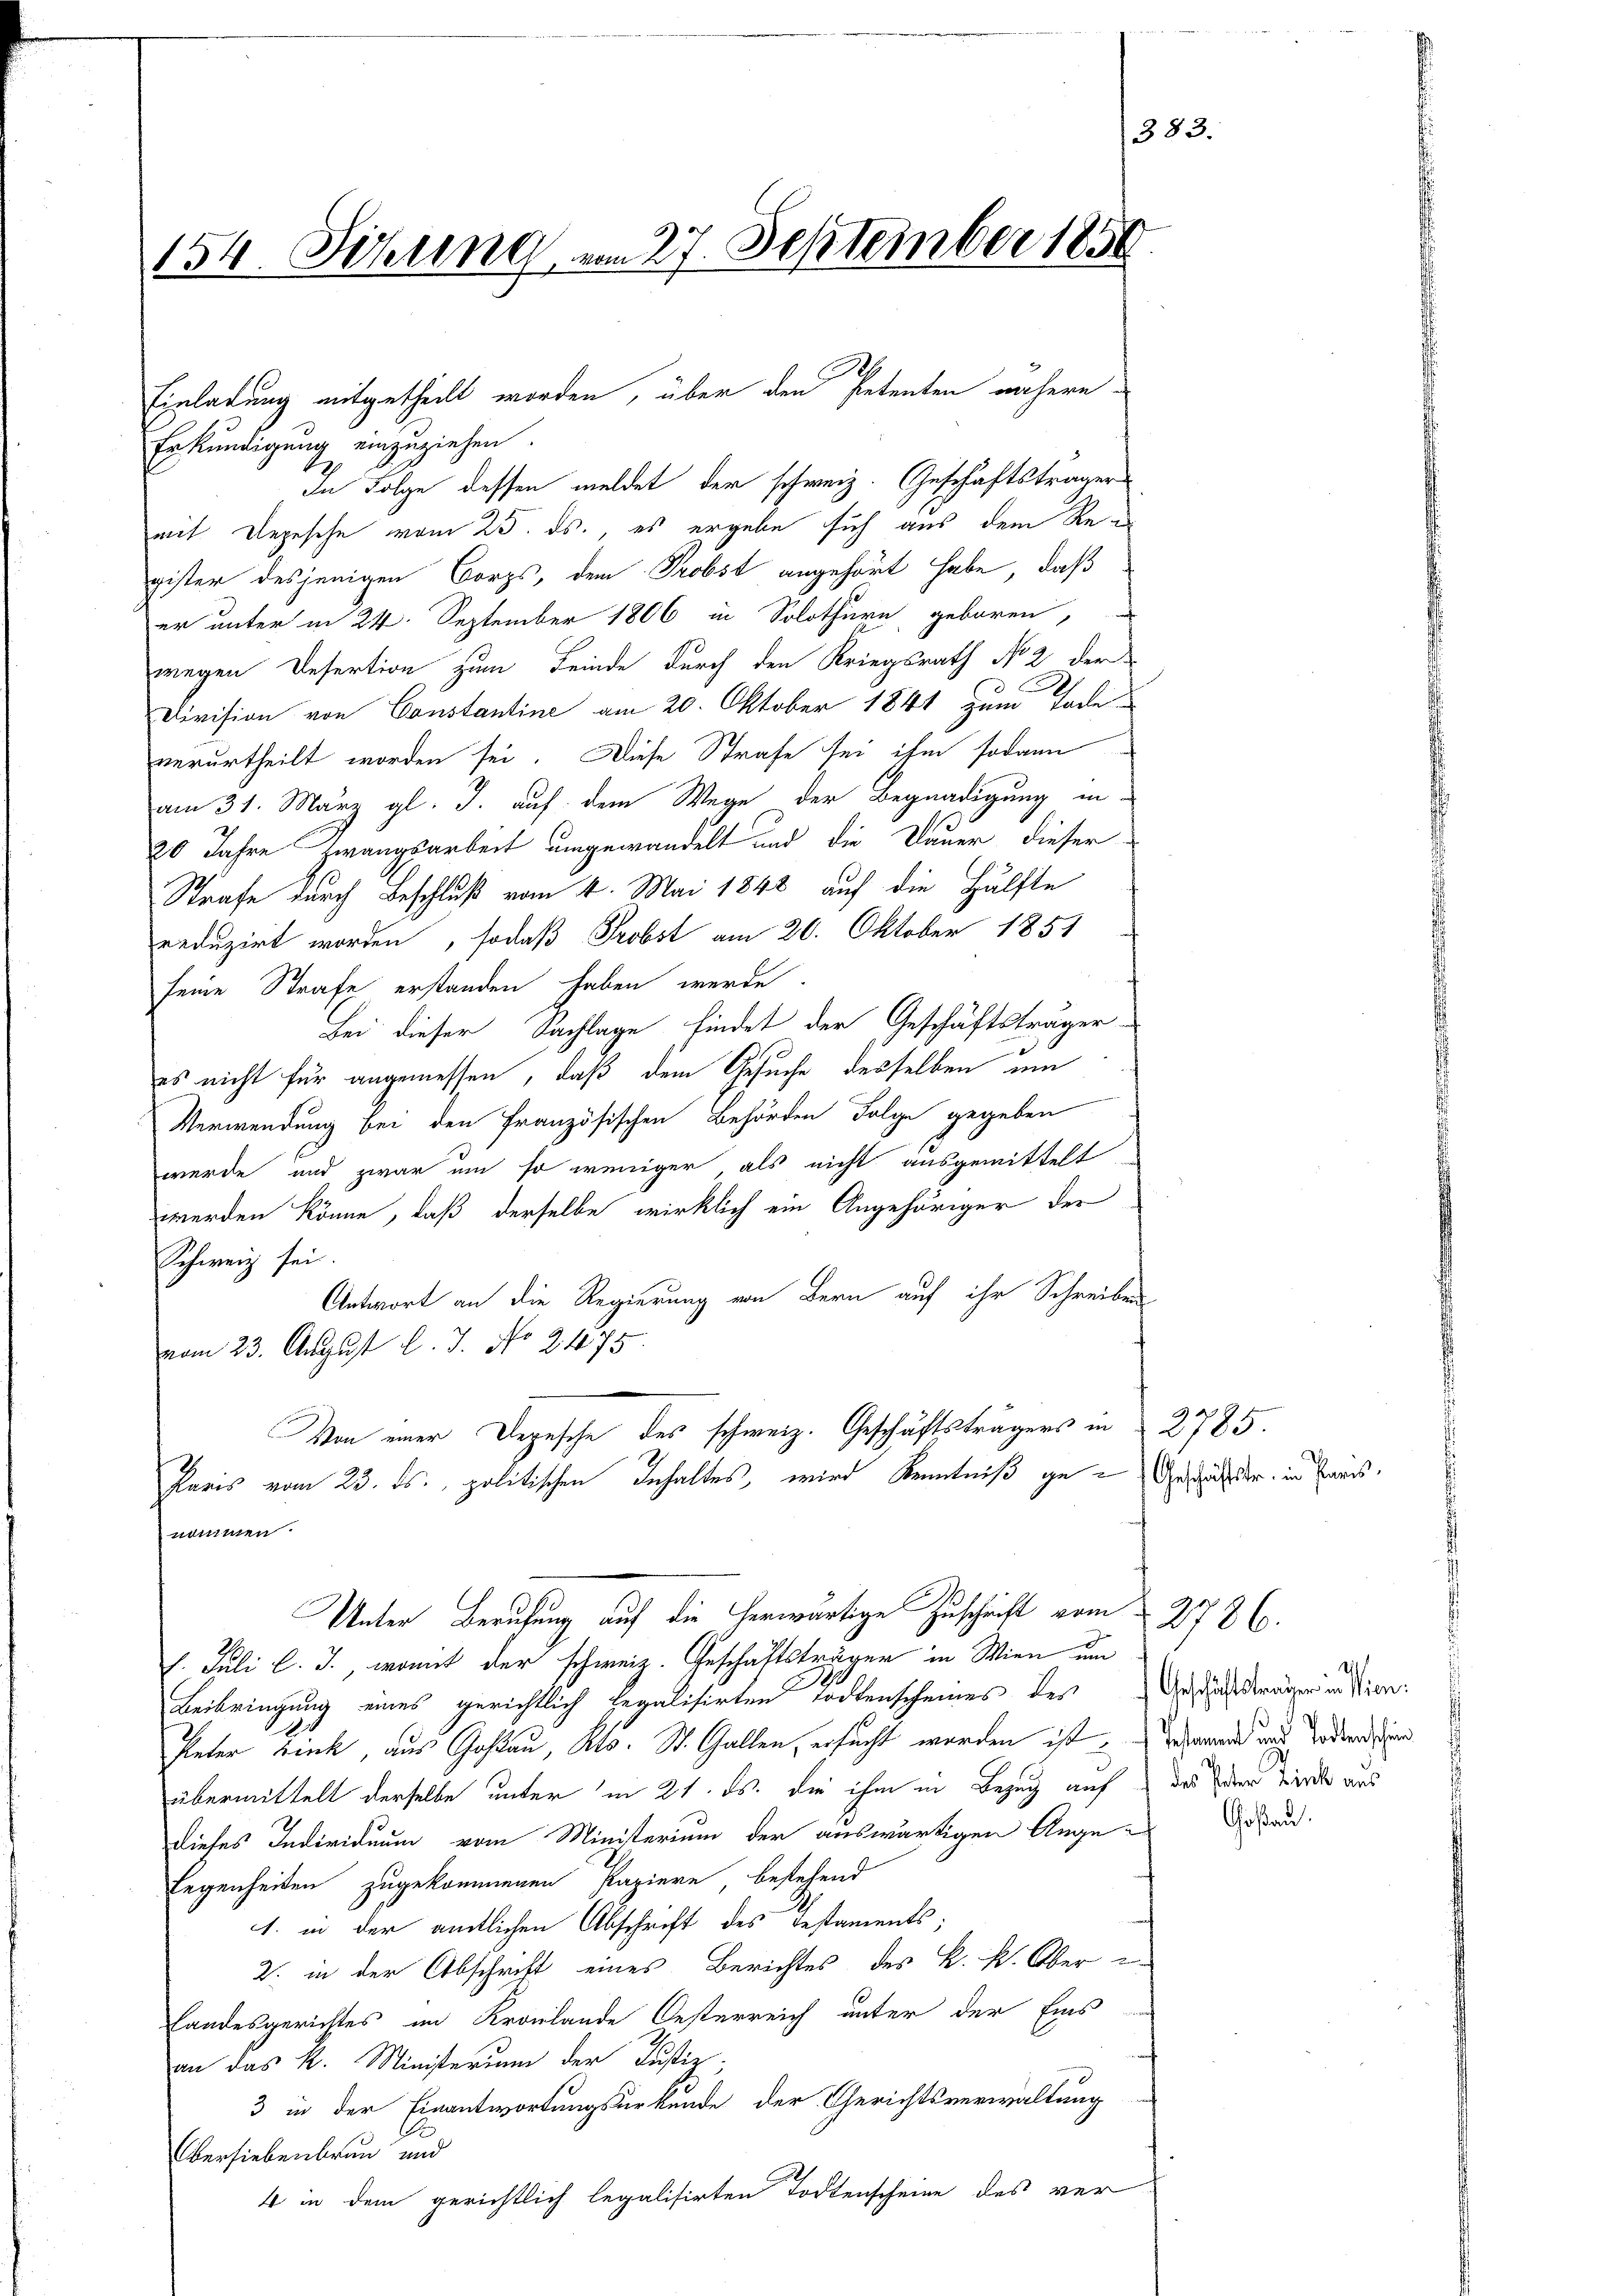
154. Sitzung vom 27. September 1850.

Erkundigung einzuziehen.
In Folge dessen meldet der schweiz. Geschäftsträger
mit Depesche vom 25. ds., es ergebe sich aus dem Register desjenigen Corps, dem Probst angehört habe, daß
er unter in 24. September 1806 in Solothurn, geboren,
wegen Desertion zum Feinde durch den Kriegsrath No 2 der
E
Division von Constantine am 20. Oktober 1841 zum Tode
verurtheilt worden sei. Diese Strafe sei ihm sodann
am 31. März gl. J. auf dem Wege der Begnadigung in
20 Jahre Zwangsarbeit umgewandelt und die Dauer dieser
Strafe durch Beschluß vom 4. Mai 1848 auf die Hälfte
reduzirt worden, sodaß Probst am 20. Oktober 1851
seine Strafe erstanden haben werde.
Bei dieser Sachlage findet der Geschäftsträger
es nicht für angemessen, daß dem Gesuche desselben um
Verwendung bei den Französischen Behörden Folge gegeben
werde und zwar um so weniger als nicht ausgemittelt
werden könne, daß derselbe wirklich ein Angehöriger der
Schweiz sei.
Antwort an die Regierung von Bern auf ihr Schreiben
vom 23. August l. J. No 2475
Von einer Depesche des schweiz. Geschäftsträgers in
Paris vom 23. ds. politischen Inhaltes, wird Kenntniß ge-Geschäfter in Bars

Einladung mitgetheilt worden, über den Petenten nähern

Unter Berufung auf die herwärtige Zuschrift vom 2786.

383.

l. Juli l. J., womit der schweiz. Geschäftsträger in Wien um
Beibringung eines gerichtlich legalisirten Todtenscheines des
Peter Link, aus Goßau, Kts. St. Gallen, ersucht worden ist, und aus der un
übermittelt derselbe unter in 21. ds. die ihm in Bezug auf
dieses Individuum vom Ministerium der auswärtigen Ange¬
Eegenheiten zugekommenen Papiere bestehend
1. in der amtlichen Abschrift des Testaments;
2. in der Abschrift eines Berichtes des K. K. Ober i
Landesgerichtes im Kronlande Oesterreich unter der Eins
an das k. Ministerium der Justiz-
3 in der Einantwortungsurkunde der Gerichtsverwaltung
Obersiebenbrun und
4 in dem gerichtlich legalisirten Todtenscheine des ver

2785

Geschäftsträger in Wien.
des Peter Tinck aus

Goßau.